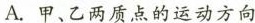
A.甲、乙两质点的运动方向